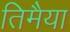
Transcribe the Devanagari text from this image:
तिमैया